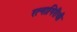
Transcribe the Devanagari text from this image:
रत्‍नागिरीची